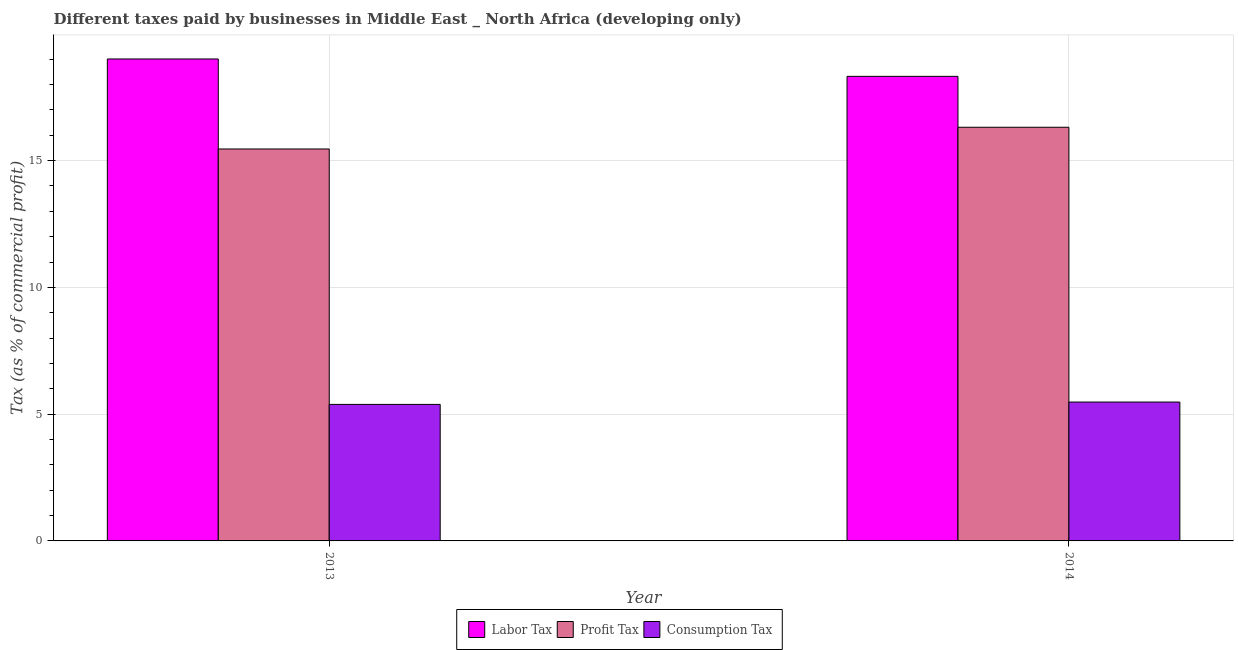
| Year | Labor Tax | Profit Tax | Consumption Tax |
 | --- | --- | --- | --- |
 | 2013 | 19 | 15.5 | 5.38 |
 | 2014 | 18.3 | 16.3 | 5.48 |